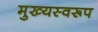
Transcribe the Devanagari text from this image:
मुख्यस्वरूप